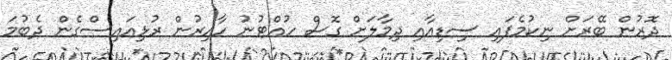
ދޮރުން ބޭރަށް ނިކުމެފައި ސިޑިއާއި ދިމާލަށް ގޮސް ހުއްޓުނު ހާއިރުން ރުޅިއައިސްގެން ދެބުމަ